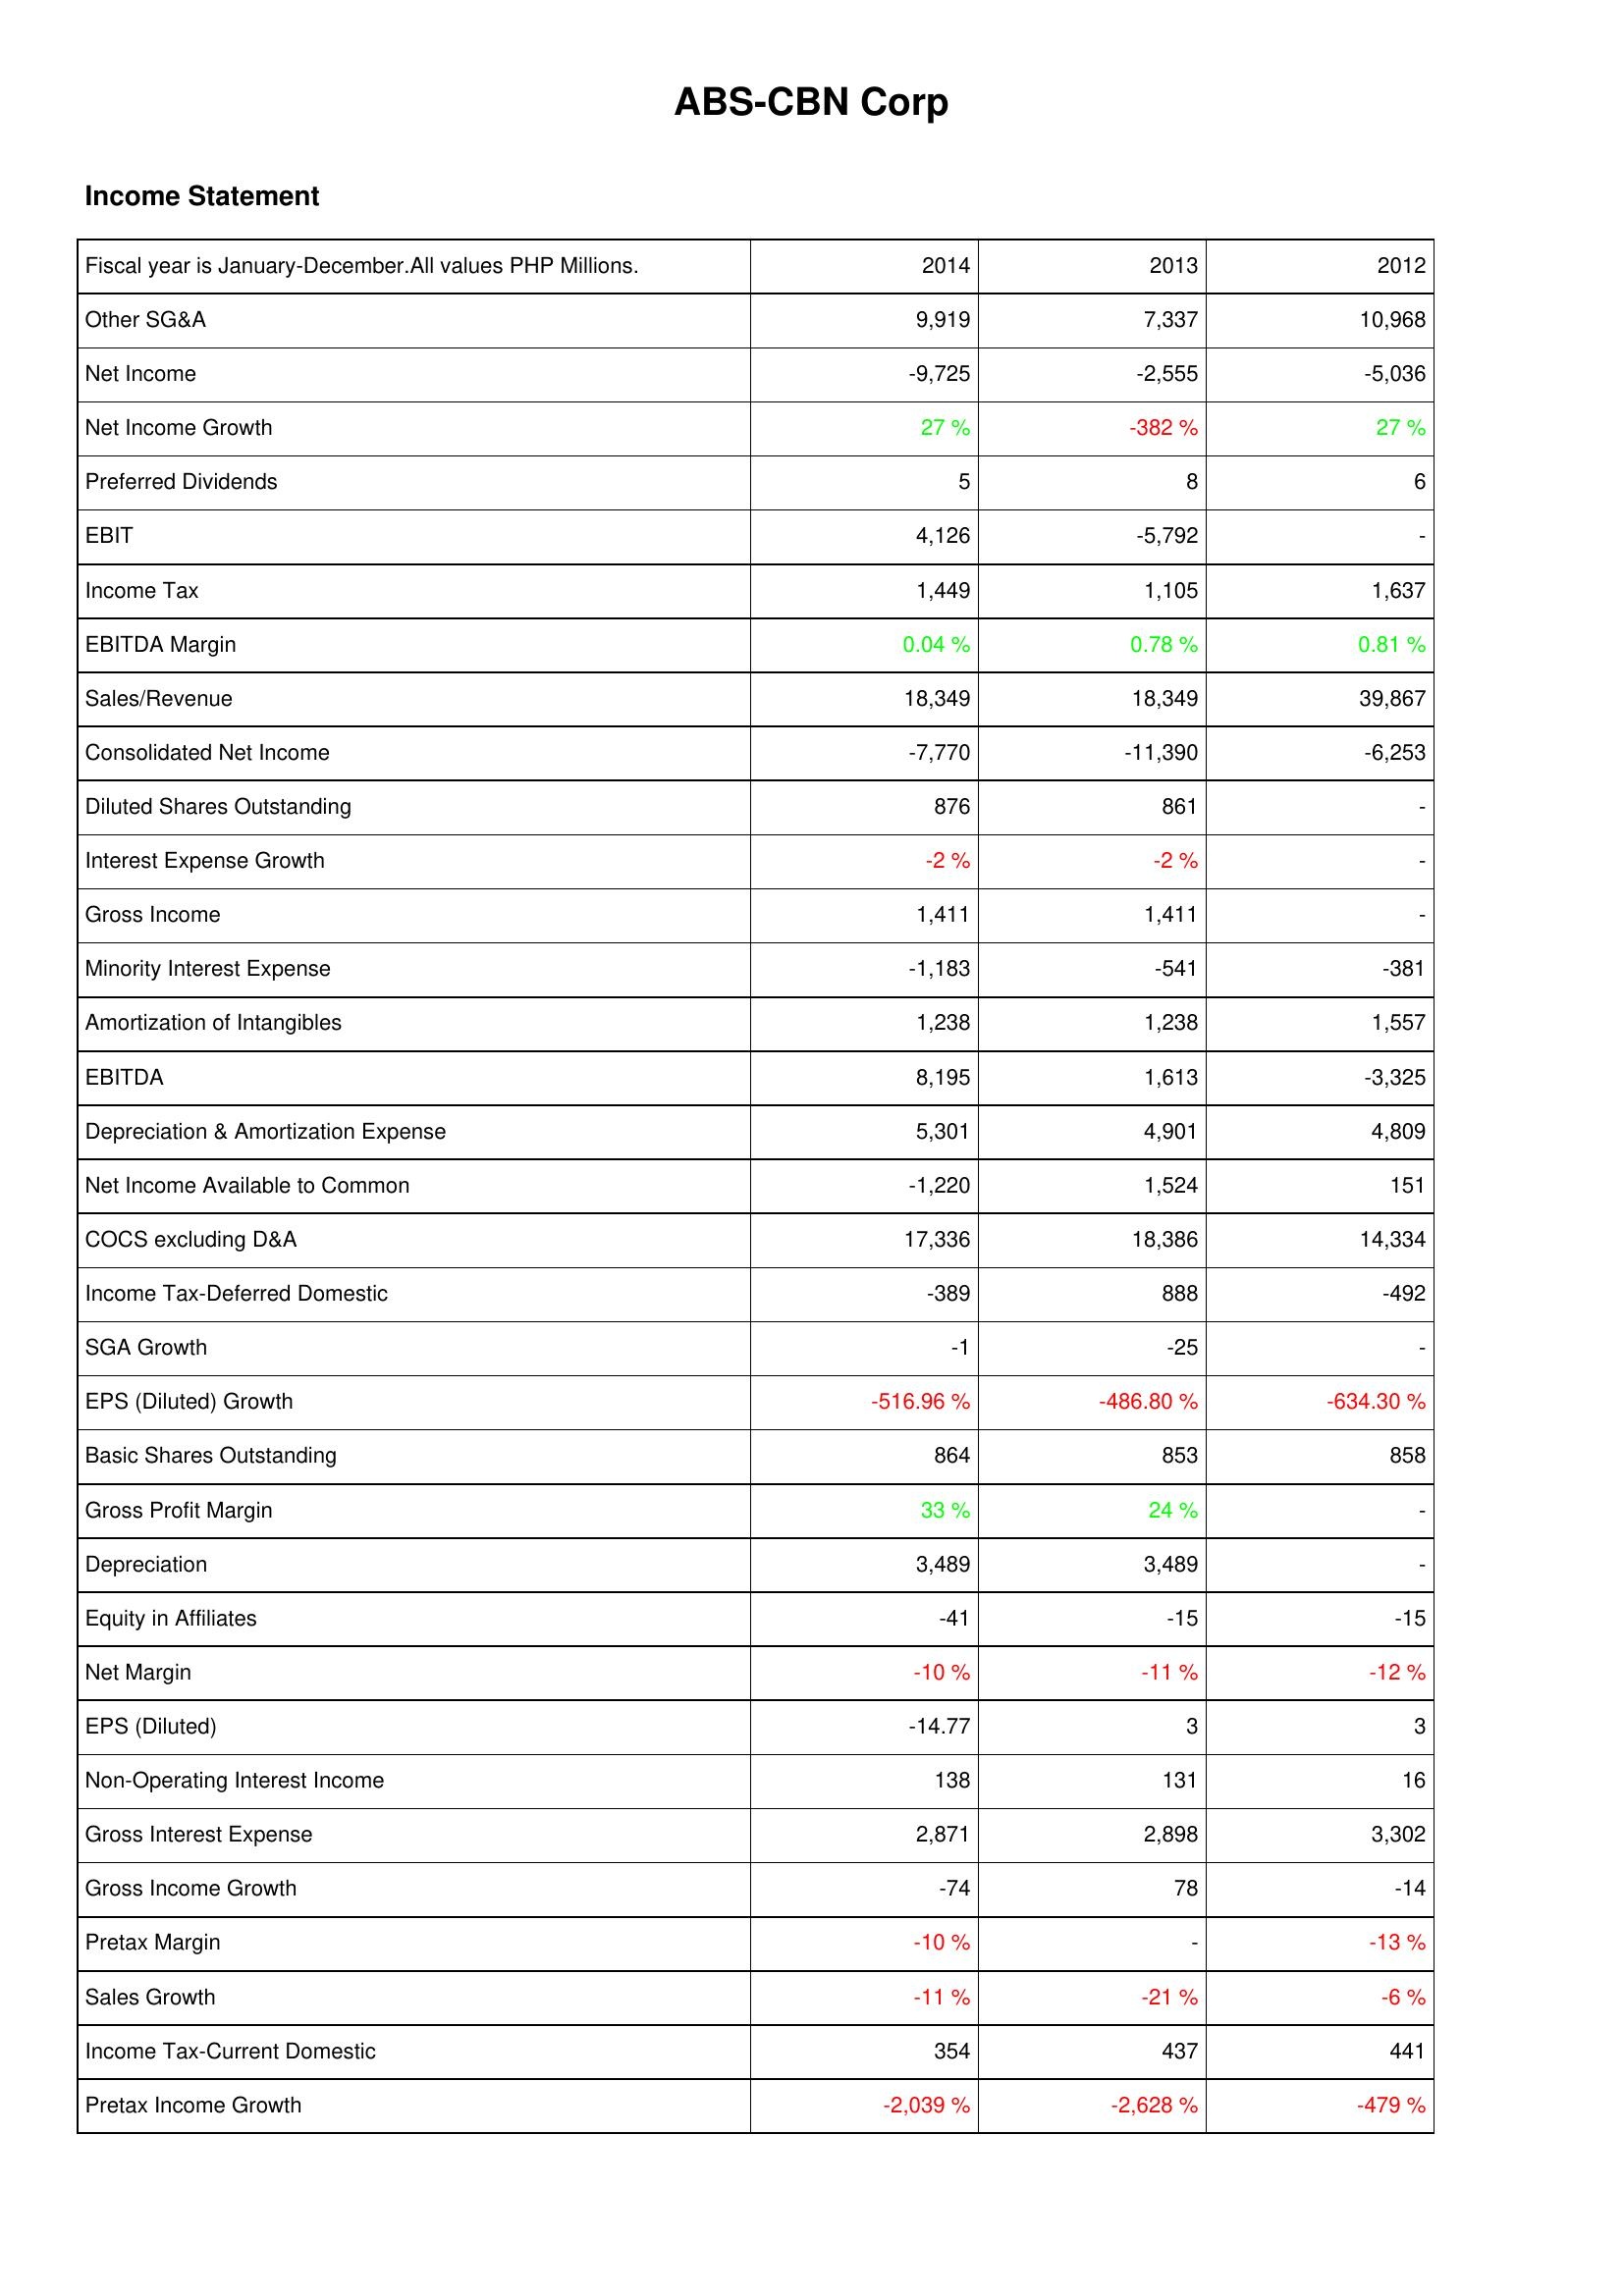
2014: Income Statement: Other SG&A: 9,919
Net Income: -9,725
Net Income Growth: 27 %
Preferred Dividends: 5
EBIT: 4,126
Income Tax: 1,449
EBITDA Margin: 0.04 %
Sales/Revenue: 18,349
Consolidated Net Income: -7,770
Diluted Shares Outstanding: 876
Interest Expense Growth: -2 %
Gross Income: 1,411
Minority Interest Expense: -1,183
Amortization of Intangibles: 1,238
EBITDA: 8,195
Depreciation & Amortization Expense: 5,301
Net Income Available to Common: -1,220
COCS excluding D&A: 17,336
Income Tax-Deferred Domestic: -389
SGA Growth: -1
EPS (Diluted) Growth: -516.96 %
Basic Shares Outstanding: 864
Gross Profit Margin: 33 %
Depreciation: 3,489
Equity in Affiliates: -41
Net Margin: -10 %
EPS (Diluted): -14.77
Non-Operating Interest Income: 138
Gross Interest Expense: 2,871
Gross Income Growth: -74
Pretax Margin: -10 %
Sales Growth: -11 %
Income Tax-Current Domestic: 354
Pretax Income Growth: -2,039 %
2013: Income Statement: Other SG&A: 7,337
Net Income: -2,555
Net Income Growth: -382 %
Preferred Dividends: 8
EBIT: -5,792
Income Tax: 1,105
EBITDA Margin: 0.78 %
Sales/Revenue: 18,349
Consolidated Net Income: -11,390
Diluted Shares Outstanding: 861
Interest Expense Growth: -2 %
Gross Income: 1,411
Minority Interest Expense: -541
Amortization of Intangibles: 1,238
EBITDA: 1,613
Depreciation & Amortization Expense: 4,901
Net Income Available to Common: 1,524
COCS excluding D&A: 18,386
Income Tax-Deferred Domestic: 888
SGA Growth: -25
EPS (Diluted) Growth: -486.80 %
Basic Shares Outstanding: 853
Gross Profit Margin: 24 %
Depreciation: 3,489
Equity in Affiliates: -15
Net Margin: -11 %
EPS (Diluted): 3
Non-Operating Interest Income: 131
Gross Interest Expense: 2,898
Gross Income Growth: 78
Pretax Margin: -
Sales Growth: -21 %
Income Tax-Current Domestic: 437
Pretax Income Growth: -2,628 %
2012: Income Statement: Other SG&A: 10,968
Net Income: -5,036
Net Income Growth: 27 %
Preferred Dividends: 6
EBIT: -
Income Tax: 1,637
EBITDA Margin: 0.81 %
Sales/Revenue: 39,867
Consolidated Net Income: -6,253
Diluted Shares Outstanding: -
Interest Expense Growth: -
Gross Income: -
Minority Interest Expense: -381
Amortization of Intangibles: 1,557
EBITDA: -3,325
Depreciation & Amortization Expense: 4,809
Net Income Available to Common: 151
COCS excluding D&A: 14,334
Income Tax-Deferred Domestic: -492
SGA Growth: -
EPS (Diluted) Growth: -634.30 %
Basic Shares Outstanding: 858
Gross Profit Margin: -
Depreciation: -
Equity in Affiliates: -15
Net Margin: -12 %
EPS (Diluted): 3
Non-Operating Interest Income: 16
Gross Interest Expense: 3,302
Gross Income Growth: -14
Pretax Margin: -13 %
Sales Growth: -6 %
Income Tax-Current Domestic: 441
Pretax Income Growth: -479 %